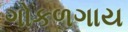
ગોકળગાય